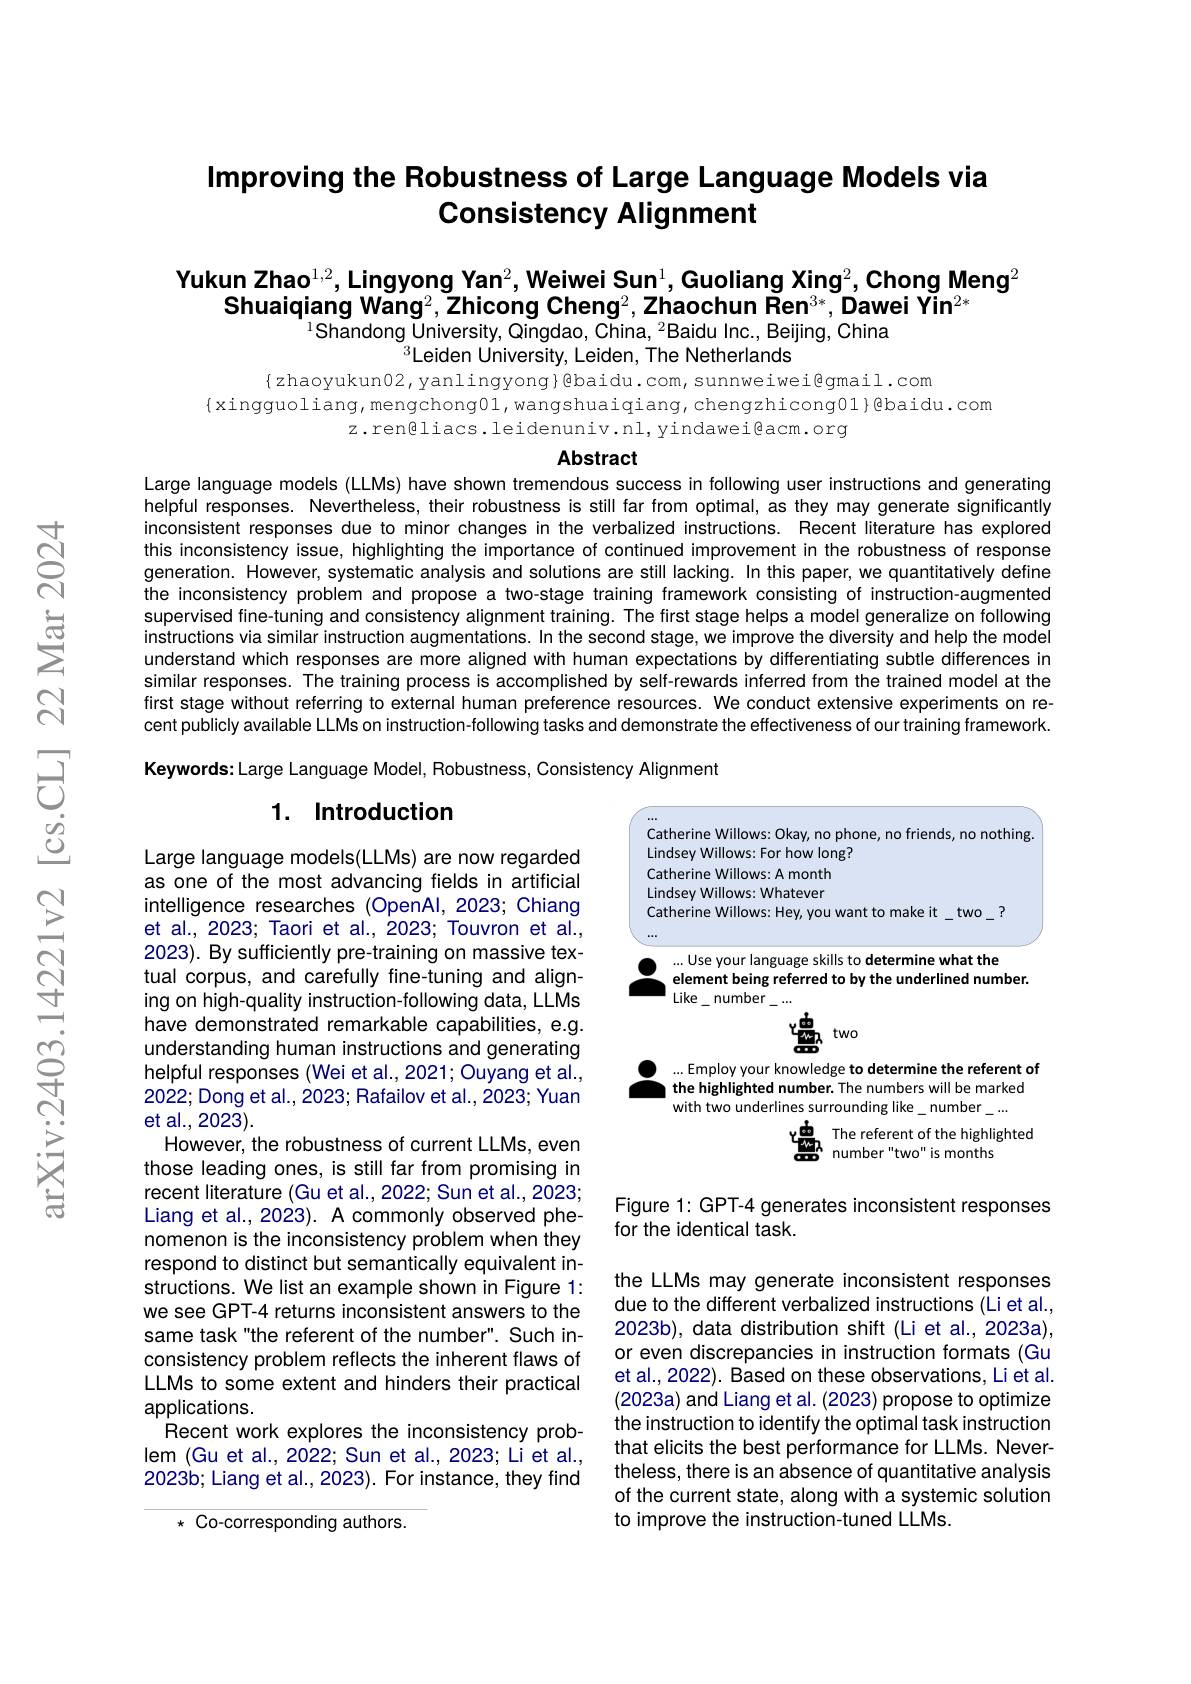
## Improving the Robustness of Large Language Models via Consistency Alignment

Yukun Zhao$^1,2$,Lingyong Yan$^2$,Weiwei Sun$^1$,Guoliang Xing$^2$,Chong Meng$^2$
Shuaiqiang Wang$^2,\text{Zhicong Cheng}^2,\textbf{Zhaochun Ren}^{3*},\textbf{Dawei Yin}^{2*}$
$^{1}$Shandong University, Qingdao, China, $^2$Baidu Inc., Beijing, China

$^{3}$Leiden University, Leiden, The Netherlands
$\{$zhaoyukun02, yanlingyong}Qbaidu.com,sunnweiwei@gmail.com
$\{$xingguoliang, mengchong01, wangshuaiqiang, chengzhicong01}色baidu.com
z.ren@liacs.leidenuniv.nl,yindawei@acm.org

### Abstract

Large language models (LLMs) have shown tremendous success in following user instructions and generating helpful responses. Nevertheless, their robustness is still far from optimal, as they may generate significantly inconsistent responses due to minor changes in the verbalized instructions. Recent literature has explored this inconsistency issue, highlighting the importance of continued improvement in the robustness of response generation. However, systematic analysis and solutions are still lacking. In this paper, we quantitatively define the inconsistency problem and propose a two-stage training framework consisting of instruction-augmented supervised fine-tuning and consistency alignment training. The first stage helps a model generalize on following instructions via similar instruction augmentations. In the second stage, we improve the diversity and help the model understand which responses are more aligned with human expectations by differentiating subtle differences in similar responses. The training process is accomplished by self-rewards inferred from the trained model at the first stage without referring to external human preference resources. We conduct extensive experiments on recent publicly available LLMs on instruction-following tasks and demonstrate the effectiveness of our training framework.

Keywords: Large Language Model, Robustness, Consistency Alignment

### 1. Introduction

<FigureHere>
S number"two" is months

Large language models(LLMs) are now regarded as one of the most advancing fields in artificial intelligence researches (OpenAl, 2023; Chiang et al., 2023; Taori et al., 2023; Touvron et al., 2023). By sufficiently pre-training on massive textual corpus, and carefully fine-tuning and aligning on high-quality instruction-following data, LLMs have demonstrated remarkable capabilities, e.g. understanding human instructions and generating helpful responses (Wei et al., 2021; Ouyang et al., 2022; Dong et al., 2023; Rafailov et al., 2023; Yuan et al., 2023).
However, the robustness of current LLMs, even those leading ones, is still far from promising in recent literature (Gu et al., 2022; Sun et al., 2023; Liang et al., 2023). A commonly observed phenomenon is the inconsistency problem when they respond to distinct but semantically equivalent instructions. We list an example shown in Figure 1: we see GPT-4 returns inconsistent answers to the same task"the referent of the number". Such inconsistency problem reflects the inherent flaws of LLMs to some extent and hinders their practical applications.
Recent work explores the inconsistency problem (Gu et al., 2022; Sun et al., 2023; Li et al., 2023b; Liang et al., 2023). For instance, they find
* Co-corresponding authors.

Figure 1: GPT-4 generates inconsistent responses
for the identical task.

the LLMs may generate inconsistent responses due to the different verbalized instructions (Li et al., 2023b), data distribution shift (Li et al., 2023a), or even discrepancies in instruction formats (Gu et al., 2022). Based on these observations, Li et al. (2023a) and Liang et al. (2023) propose to optimize the instruction to identify the optimal task instruction that elicits the best performance for LLMs. Nevertheless, there is an absence of quantitative analysis of the current state, along with a systemic solution to improve the instruction-tuned LLMs.